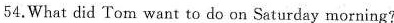
54.What did Tom want to do on Saturday morning?